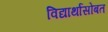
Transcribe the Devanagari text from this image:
विद्यार्थांसोबत